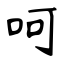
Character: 呵